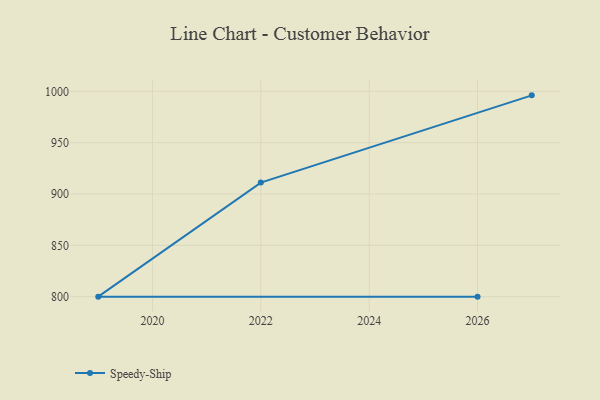
{"axis": {"x": "Year", "y": "Website Visitors"}, "legend": ["Speedy-Ship"], "data": [{"x": "2027", "y": 996.1, "type": "Speedy-Ship"}, {"x": "2022", "y": 911.1, "type": "Speedy-Ship"}, {"x": "2019", "y": 800, "type": "Speedy-Ship"}, {"x": "2026", "y": 800, "type": "Speedy-Ship"}]}